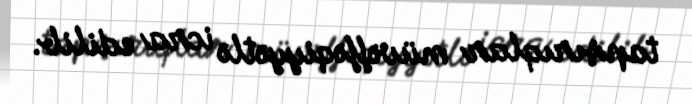
tapşırıqlar müvəffəqiyyətlə icra edilib.